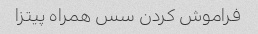
فراموش کردن سس همراه پیتزا